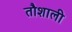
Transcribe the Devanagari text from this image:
तौशाली